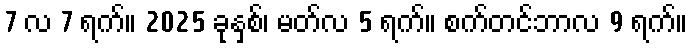
7 လ 7 ရက်။ 2025 ခုနှစ်၊ မတ်လ 5 ရက်။ စက်တင်ဘာလ 9 ရက်။